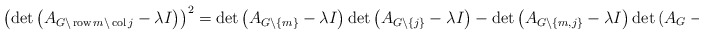
\begin{align*}\left( \det\left( A_{G\backslash\operatorname{row}m\backslash\operatorname{col}j}-\lambda I\right) \right) ^{2}=\det\left(A_{G\backslash\left\{ m\right\} }-\lambda I\right) \det\left(A_{G\backslash\left\{ j\right\} }-\lambda I\right) -\det\left(A_{G\backslash\left\{ m,j\right\} }-\lambda I\right) \det\left(A_{G}-\lambda I\right) \end{align*}